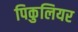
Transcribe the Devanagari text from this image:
पिकुलियर